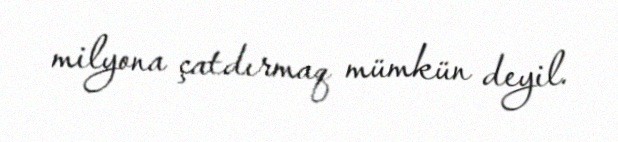
milyona çatdırmaq mümkün deyil.